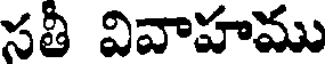
సతీ వివాహము